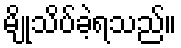
မျိုသိပ်ခဲ့ရသည်။